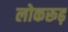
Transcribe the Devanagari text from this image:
लोकरूढ़